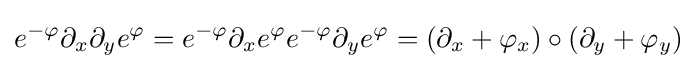
e^{-\varphi }\partial _{x}\partial _{y}e^{\varphi }=e^{-\varphi }\partial _{x}e^{\varphi }e^{-\varphi }\partial _{y}e^{\varphi }=(\partial _{x}+\varphi _{x})\circ (\partial _{y}+\varphi _{y})